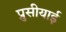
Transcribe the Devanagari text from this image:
प्रुसीयाई